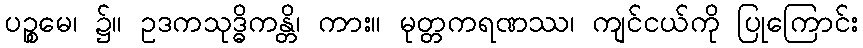
ပဉ္စမေ၊ ၌။ ဥဒကသုဒ္ဓိကန္တိ၊ ကား။ မုတ္တကရဏဿ၊ ကျင်ငယ်ကို ပြုကြောင်း